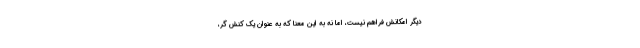
دیگر امکانش فراهم نیست، اما نه به این معنا که به عنوان یک کنش گر،